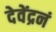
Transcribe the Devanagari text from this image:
देवेंद्रनं